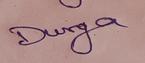
Signature authenticity: genuine